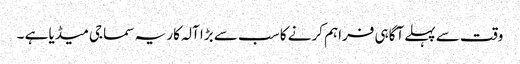
وقت سے پہلے آگاہی فراہم کرنے کا سب سے بڑا آلہ کار یہ سماجی میڈیا ہے ۔